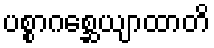
ပစ္စာဂစ္ဆေယျာထာတိ